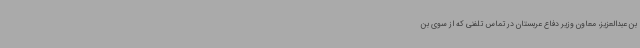
بن عبدالعزیز، معاون وزیر دفاع عربستان در تماس تلفنی که از سوی بن